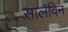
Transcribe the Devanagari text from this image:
सालविन